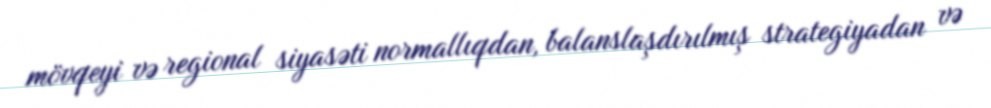
mövqeyi və regional siyasəti normallıqdan, balanslaşdırılmış strategiyadan və